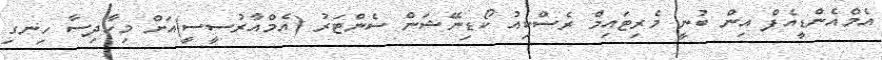
އެމްއެންޑީއެފް އިން ބުނީ މެރިޓައިމް ރެސްކިއު ކޯޑިނޭޝަން ސެންޓަރު (އެމްއާރުސީސީ)އަށް މިހާދިސާ ހިނގި